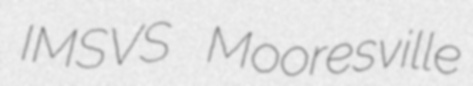
IMSVS Mooresville